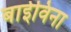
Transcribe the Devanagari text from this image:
बाईविना